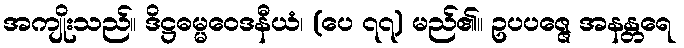
အကျိုးသည်။ ဒိဋ္ဌဓမ္မဝေဒနီယံ၊ (ပေ ၇၇) မည်၏။ ဥပပဇ္ဇေ အနန္တရေ